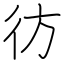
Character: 彷